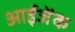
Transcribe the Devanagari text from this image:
आईजेंक